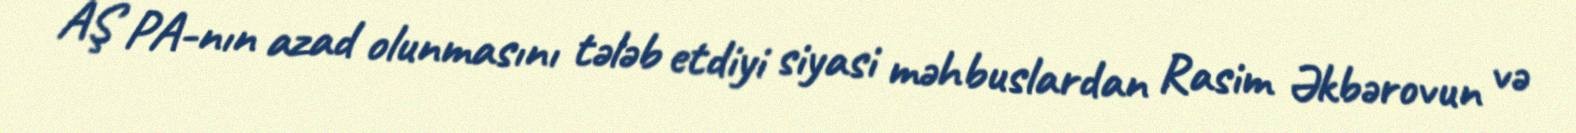
AŞ PA-nın azad olunmasını tələb etdiyi siyasi məhbuslardan Rasim Əkbərovun və